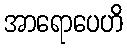
အာရောပေဟိ